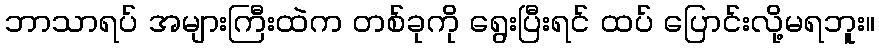
ဘာသာရပ် အများကြီးထဲက တစ်ခုကို ရွေးပြီးရင် ထပ် ပြောင်းလို့မရဘူး။